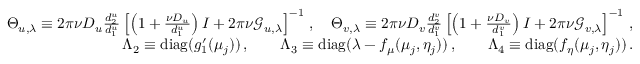
\begin{array} { r l r } & { } & { \Theta _ { u , \lambda } \equiv 2 \pi \nu D _ { u } \frac { d _ { 2 } ^ { u } } { d _ { 1 } ^ { u } } \left[ \left( 1 + \frac { \nu D _ { u } } { d _ { 1 } ^ { u } } \right) I + 2 \pi \nu \mathcal { G } _ { u , \lambda } \right] ^ { - 1 } \, , \quad \Theta _ { v , \lambda } \equiv 2 \pi \nu D _ { v } \frac { d _ { 2 } ^ { v } } { d _ { 1 } ^ { v } } \left[ \left( 1 + \frac { \nu D _ { v } } { d _ { 1 } ^ { v } } \right) I + 2 \pi \nu \mathcal { G } _ { v , \lambda } \right] ^ { - 1 } \, , } \\ & { } & { \Lambda _ { 2 } \equiv \mathrm { d i a g } ( g _ { 1 } ^ { \prime } ( \mu _ { j } ) ) \, , \qquad \Lambda _ { 3 } \equiv \mathrm { d i a g } ( \lambda - f _ { \mu } ( \mu _ { j } , \eta _ { j } ) ) \, , \qquad \Lambda _ { 4 } \equiv \mathrm { d i a g } ( f _ { \eta } ( \mu _ { j } , \eta _ { j } ) ) \, . } \end{array}